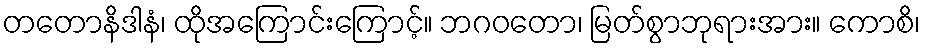
တတောနိဒါနံ၊ ထိုအကြောင်းကြောင့်။ ဘဂဝတော၊ မြတ်စွာဘုရားအား။ ကောစိ၊